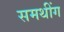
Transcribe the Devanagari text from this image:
समथींग